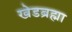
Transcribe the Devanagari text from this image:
खेडब्रह्मा